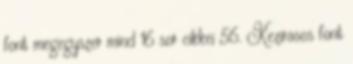
font megegyszer mind 16 sor cikkei 56. Kezirasos font